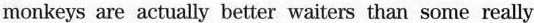
monkeys are actually better waiters than some really